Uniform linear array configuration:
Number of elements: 4
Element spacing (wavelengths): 0.25
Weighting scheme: kaiser
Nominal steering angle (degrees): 45
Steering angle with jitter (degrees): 46.277
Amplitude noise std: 0.05
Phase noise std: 0.05

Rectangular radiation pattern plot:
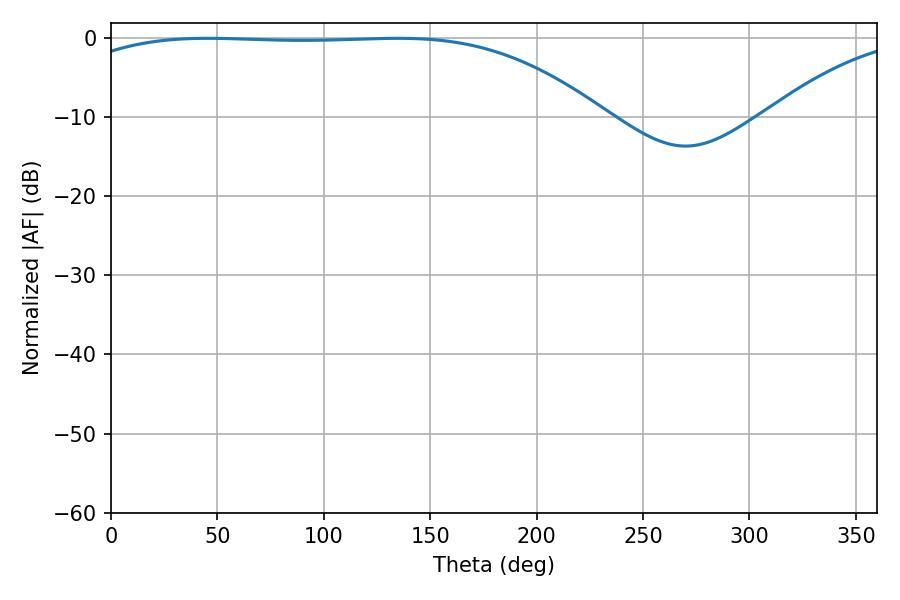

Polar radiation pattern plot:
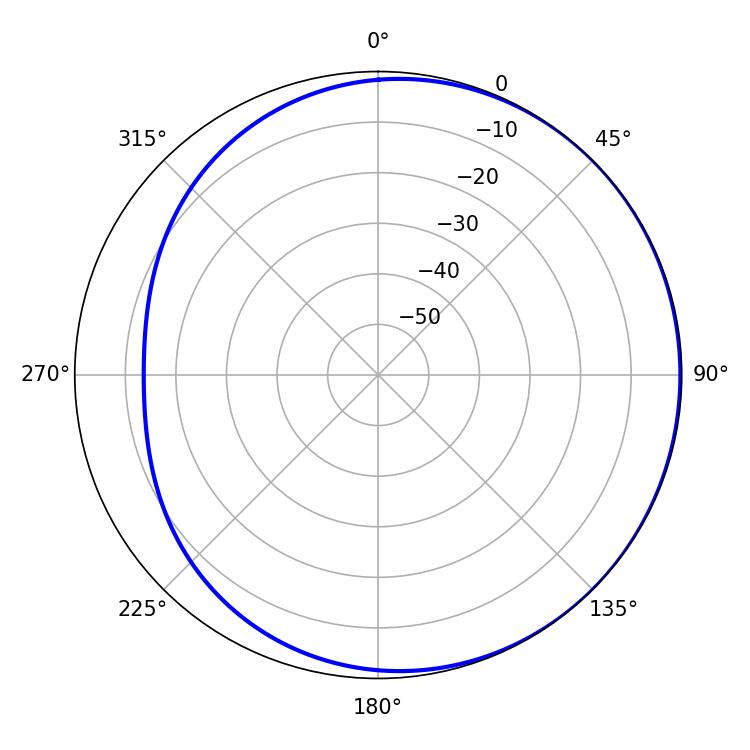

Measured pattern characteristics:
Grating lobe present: FALSE
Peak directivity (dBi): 0.8945
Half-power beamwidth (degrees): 193.68
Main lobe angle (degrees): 45.36